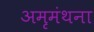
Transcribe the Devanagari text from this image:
अमृमंथना